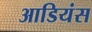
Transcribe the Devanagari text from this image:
आडियंस